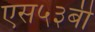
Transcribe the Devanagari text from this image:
एस५३बी